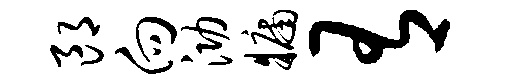
郎向泐牖有